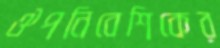
ঔপনিবেশিকের